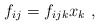
\begin{align*}f_{ij}=f_{ijk}x_k\ , \end{align*}